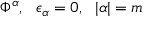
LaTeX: \Phi ^ { \alpha } , ~ ~ \epsilon _ { \alpha } = 0 , ~ ~ | \alpha | = m